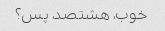
خوب، هشتصد، پس؟